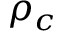
\rho _ { c }